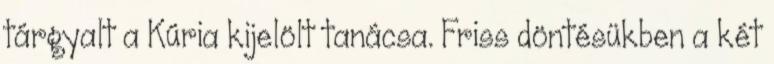
tárgyalt a Kúria kijelölt tanácsa. Friss döntésükben a két